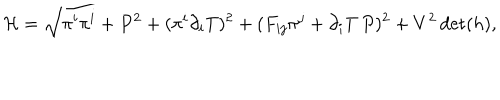
{ \cal H } = \sqrt { \pi ^ { i } \pi ^ { i } + P ^ { 2 } + ( \pi ^ { i } \partial _ { i } T ) ^ { 2 } + ( F _ { i j } \pi ^ { j } + \partial _ { i } T \, P ) ^ { 2 } + V ^ { 2 } \det ( h ) } ,